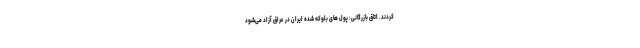
کردند. اتاق بازرگانی: پول‌ های بلوکه شده ایران در عراق آزاد می‌شود